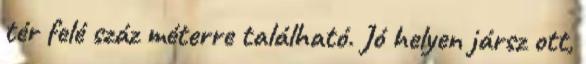
tér felé száz méterre található. Jó helyen jársz ott,